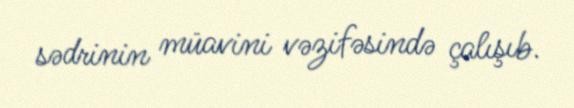
sədrinin müavini vəzifəsində çalışıb.